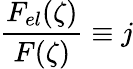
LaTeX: \frac{F_{el}(\zeta)}{F(\zeta)}\equiv j